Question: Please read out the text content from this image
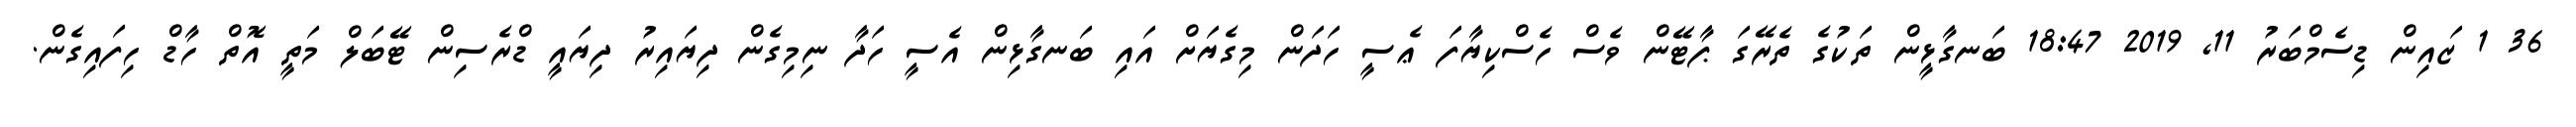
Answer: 36 1 ޒައިން ޑިސެމްބަރު 11, 2019 18:47 ބަނގާޅީން ތަކުގެ ތެރޭގަ ޕާޓޭން ވެސް ހެސްކިޔާފަ ޢެސީ ހަދަން މިގެޔަށް އައި ބަނގާޅިން އެސީ ހަދާ ނިމިގެން ދިޔައިރު ދިޔައީ ޑްރެސިން ޓޭބަލް މަތީ އޮތް ހާޑް ހިފައިގެން.